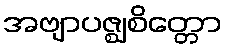
အဗျာပဇ္ဈစိတ္တော